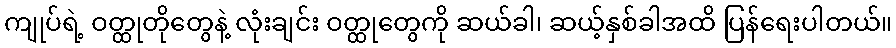
ကျုပ်ရဲ့ ဝတ္ထုတိုတွေနဲ့ လုံးချင်း ဝတ္ထုတွေကို ဆယ်ခါ၊ ဆယ့်နှစ်ခါအထိ ပြန်ရေးပါတယ်။